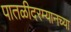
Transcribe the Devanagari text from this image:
पातळीदरम्यानच्या